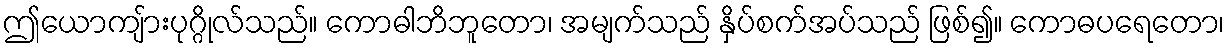
ဤယောကျ်ားပုဂ္ဂိုလ်သည်။ ကောဓါဘိဘူတော၊ အမျက်သည် နှိပ်စက်အပ်သည် ဖြစ်၍။ ကောဓပရေတော၊